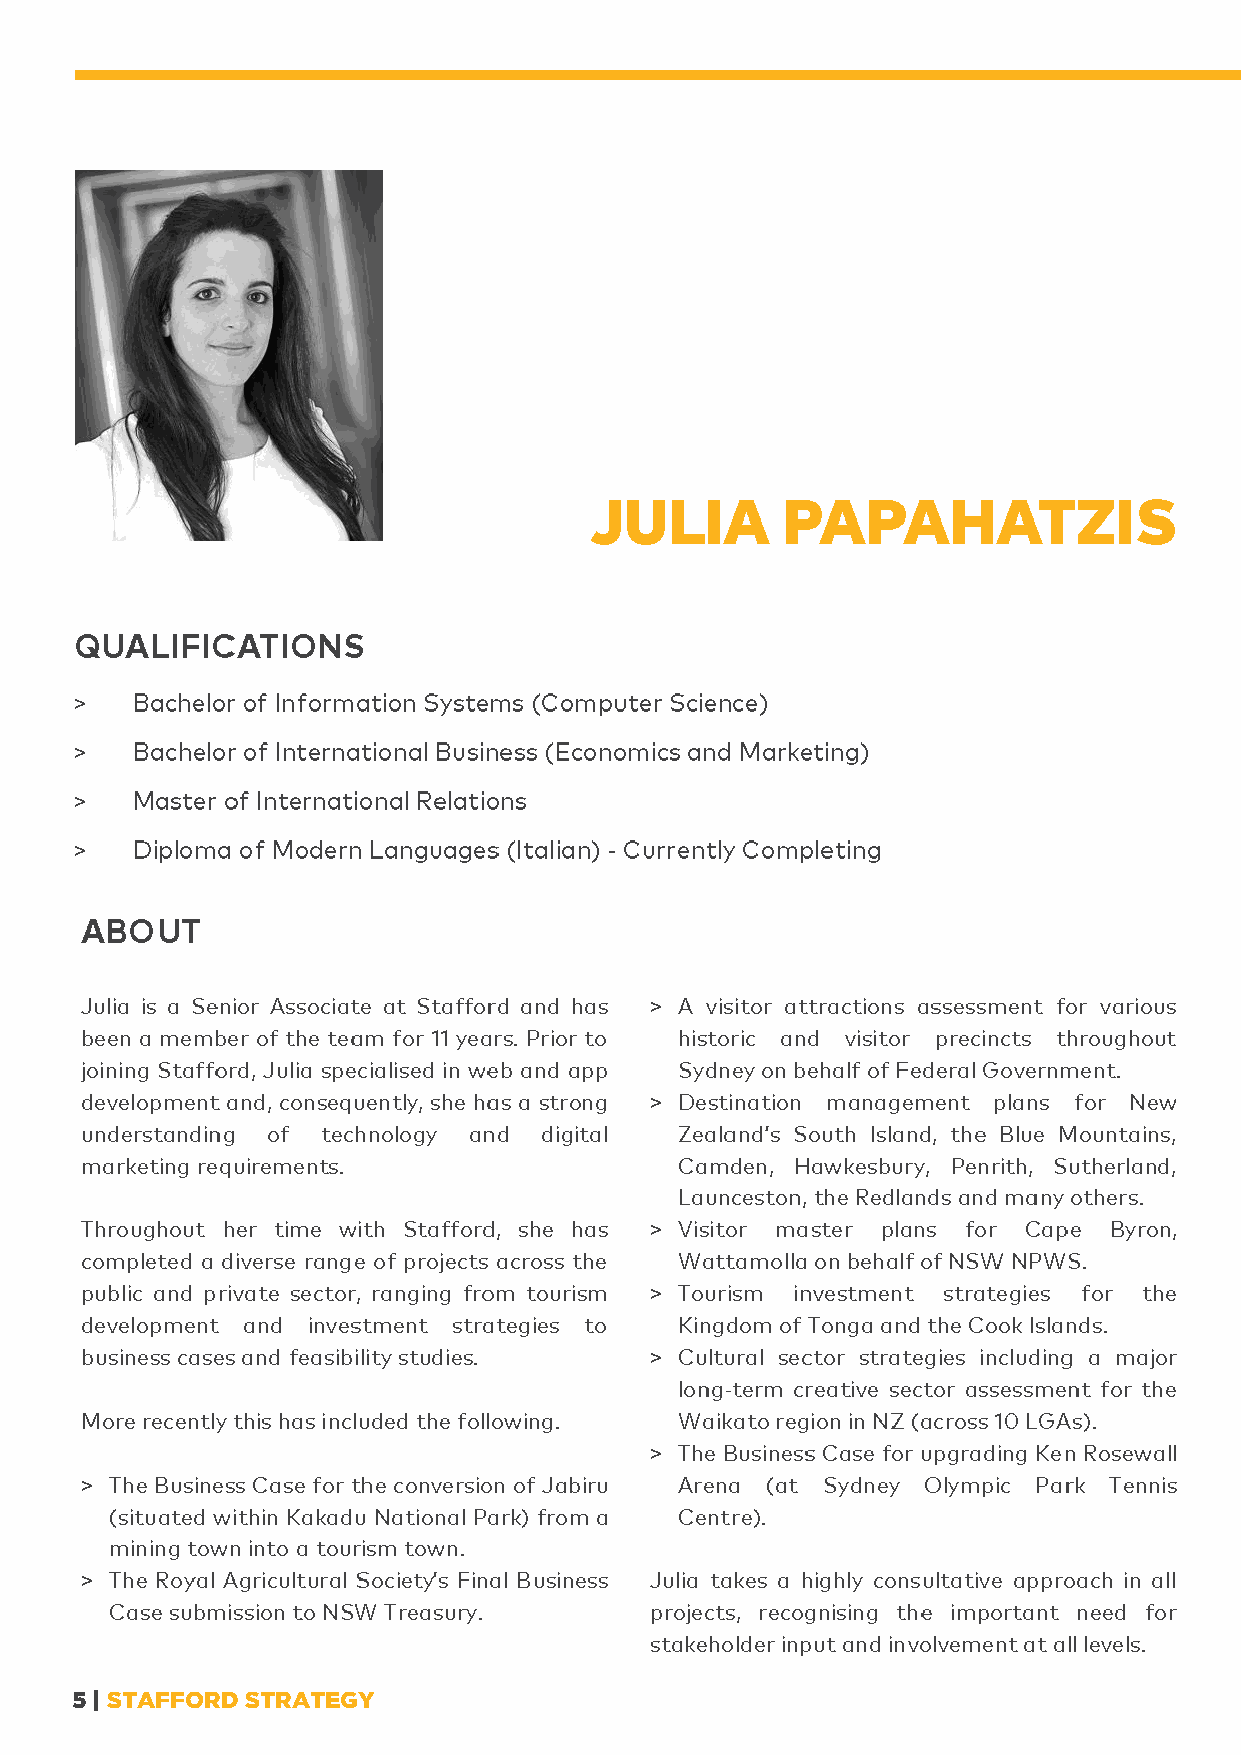
>
 >
 >
 >                                  -
 >
 >
 >
 >
 >
 -
 >
 >
 >
 5 | STAFFORD STRATEGY